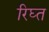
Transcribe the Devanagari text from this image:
रिघ्त